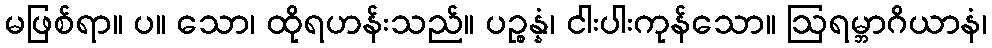
မဖြစ်ရာ။ ပ။ သော၊ ထိုရဟန်းသည်။ ပဉ္စန္နံ၊ ငါးပါးကုန်သော။ ဩရမ္ဘာဂိယာနံ၊